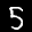
Digit: 5